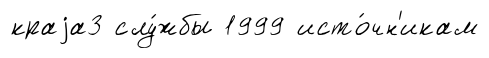
краjа3 слу́жбы 1999 исто́чн'икам